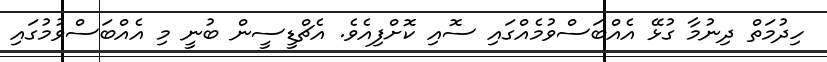
ހިދުމަތް ދިނުމާ ގުޅޭ އެއްބަސްވުމެއްގައި ސޮއި ކޮށްފިއެވެ. އެޗްޑީސީން ބުނީ މި އެއްބަސްވުމުގައި